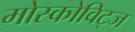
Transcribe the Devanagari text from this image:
मोस्कोविट्ज